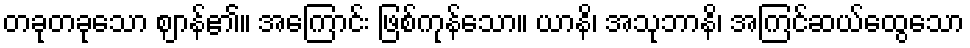
တခုတခုသော ဈာန်၏။ အကြောင်း ဖြစ်ကုန်သော။ ယာနိ၊ အသုဘာနိ၊ အကြင်ဆယ်ထွေသော